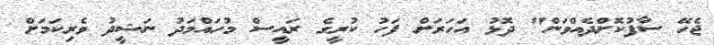
ޖެހޭ ސާފުކޮށްދެއްވަން" ދޮޅު އަހަރަށް ފަހު ކުރީގެ ރައީސް މުހައްމަދު ނަޝީދު ވެރިކަމަށް